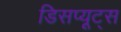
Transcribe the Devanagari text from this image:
डिसप्यूट्स